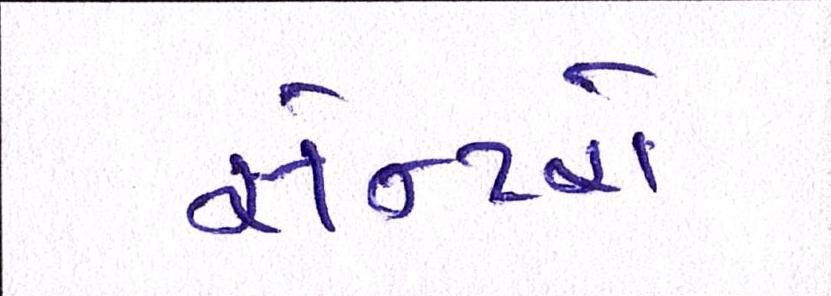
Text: સેન્ટરો